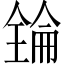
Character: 𠓻